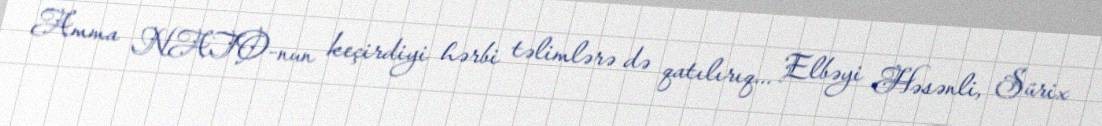
Amma NATO-nun keçirdiyi hərbi təlimlərə də qatılırıq... Elbəyi Həsənli, Sürix